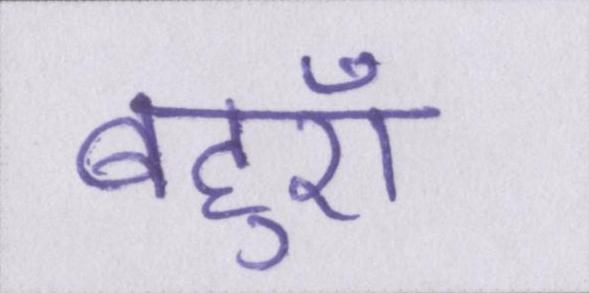
बहुएँ